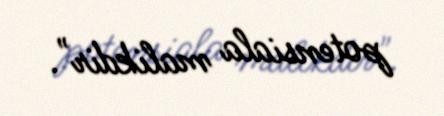
potensiala malikdir".